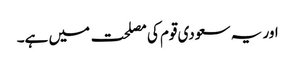
اور یہ سعودی قوم کی مصلحت میں ہے۔